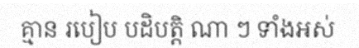
គ្មាន របៀប បដិបត្តិ ណា ៗ ទាំងអស់